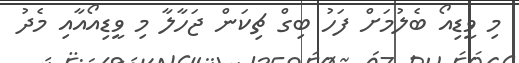
މި ވީޑިއޯ ބެލުމަށް ފަހު ބިގް ޗިކަން ޖަހާލާ މި ވީޑިއޯއާއި މެދު